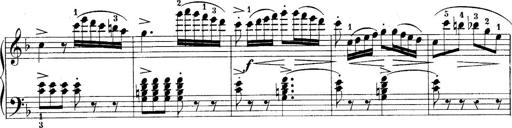
Title: 10 Sonatines progressives
Composer: Anton Schmoll